Newspaper: Tama County Republican.
Place of publication: Toledo, Tama County, Iowa
Publisher: [J.T. Rice]
Date: 1870-06-02 00:00:00
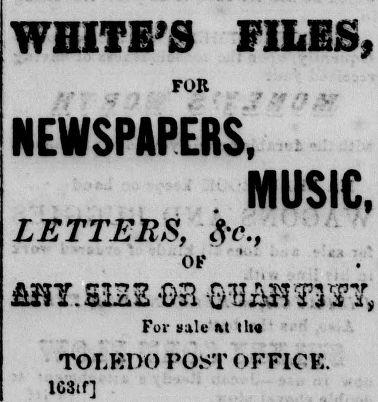
Advertisement text (OCR):
NEWSPAPERS, WHITE'S FILES. FOR .r* -v.' MUSIC, LETTERS, $c., 'A OK V M5I.SI2S For sale at the TOLEDO POST OFFICE, I IfiStf]
Label: text-only